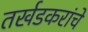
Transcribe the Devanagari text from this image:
तर्खडकरांचे